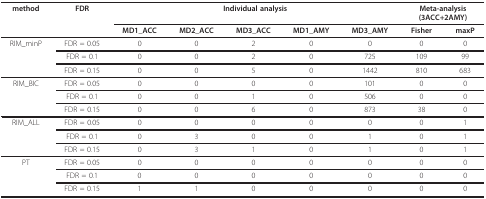
<table><thead><tr><td><b>method</b></td><td><b>FDR</b></td><td colspan="5"><b>Individual analysis</b></td><td colspan="2"><b>Meta-analysis(3ACC+2AMY)</b></td></tr><tr><td>[EMPTY_CELL]</td><td>[EMPTY_CELL]</td><td><b>MD1_ACC</b></td><td><b>MD2_ACC</b></td><td><b>MD3_ACC</b></td><td><b>MD1_AMY</b></td><td><b>MD3_AMY</b></td><td><b>Fisher</b></td><td><b>maxP</b></td></tr></thead><tbody><tr><td>RIM_minP</td><td>FDR = 0.05</td><td>0</td><td>0</td><td>2</td><td>0</td><td>0</td><td>0</td><td>0</td></tr><tr><td>[EMPTY_CELL]</td><td>FDR = 0.1</td><td>0</td><td>0</td><td>2</td><td>0</td><td>725</td><td>109</td><td>99</td></tr><tr><td>[EMPTY_CELL]</td><td>FDR = 0.15</td><td>0</td><td>0</td><td>5</td><td>0</td><td>1442</td><td>810</td><td>683</td></tr><tr><td>RIM_BIC</td><td>FDR = 0.05</td><td>0</td><td>0</td><td>0</td><td>0</td><td>101</td><td>0</td><td>0</td></tr><tr><td>[EMPTY_CELL]</td><td>FDR = 0.1</td><td>0</td><td>0</td><td>1</td><td>0</td><td>506</td><td>0</td><td>0</td></tr><tr><td>[EMPTY_CELL]</td><td>FDR = 0.15</td><td>0</td><td>0</td><td>6</td><td>0</td><td>873</td><td>38</td><td>0</td></tr><tr><td>RIM_ALL</td><td>FDR = 0.05</td><td>0</td><td>0</td><td>0</td><td>0</td><td>0</td><td>0</td><td>1</td></tr><tr><td>[EMPTY_CELL]</td><td>FDR = 0.1</td><td>0</td><td>3</td><td>0</td><td>0</td><td>1</td><td>0</td><td>1</td></tr><tr><td>[EMPTY_CELL]</td><td>FDR = 0.15</td><td>0</td><td>3</td><td>1</td><td>0</td><td>1</td><td>0</td><td>1</td></tr><tr><td>PT</td><td>FDR = 0.05</td><td>0</td><td>0</td><td>0</td><td>0</td><td>0</td><td>0</td><td>0</td></tr><tr><td>[EMPTY_CELL]</td><td>FDR = 0.1</td><td>0</td><td>0</td><td>0</td><td>0</td><td>0</td><td>0</td><td>0</td></tr><tr><td>[EMPTY_CELL]</td><td>FDR = 0.15</td><td>1</td><td>1</td><td>0</td><td>0</td><td>0</td><td>0</td><td>0</td></tr></tbody></table>